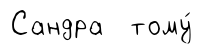
Сандра тому́